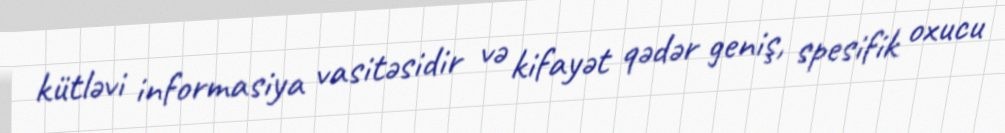
kütləvi informasiya vasitəsidir və kifayət qədər geniş, spesifik oxucu